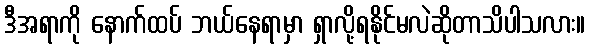
ဒီအရာကို နောက်ထပ် ဘယ်နေရာမှာ ရှာလို့ရနိုင်မလဲဆိုတာသိပါသလား။